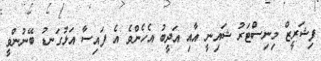
ފިޝަރީޒް މިނިސްޓަރު ޝައިނީ އާއި އަދީބު އެހެންވެ އެ ފައިސާ އަޅުގަނޑު ބޭނުންވީ